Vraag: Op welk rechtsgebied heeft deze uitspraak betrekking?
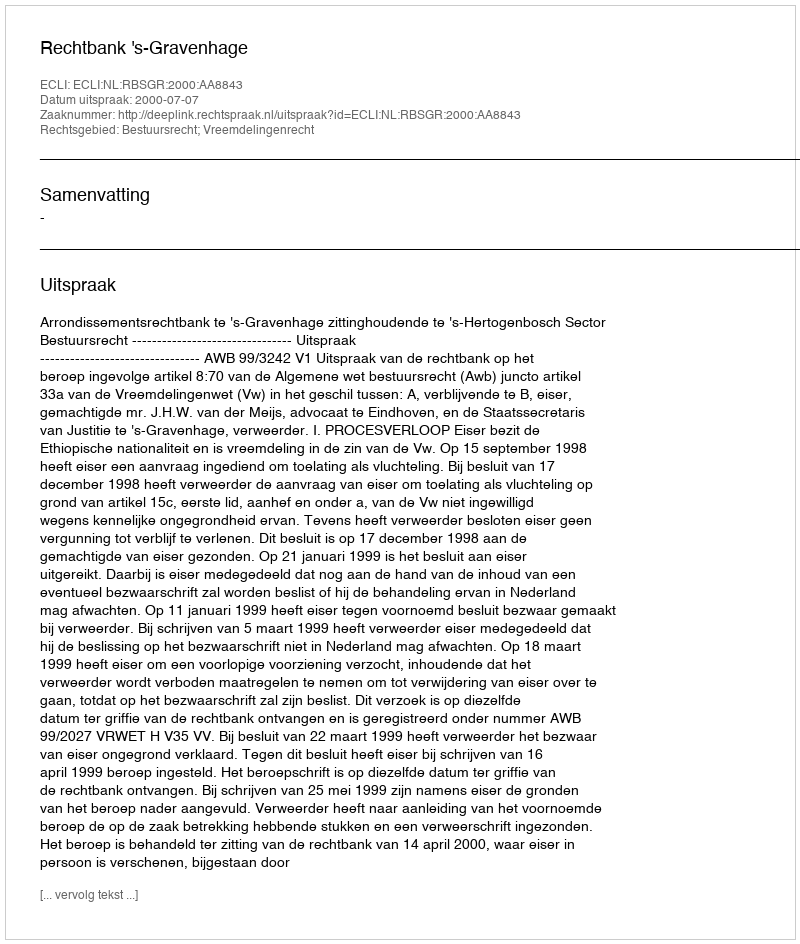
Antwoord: Bestuursrecht; Vreemdelingenrecht